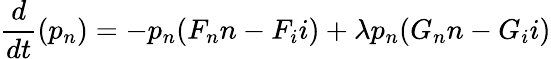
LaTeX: \frac{d}{dt}(p_{n})=-p_{n}(F_{n}n-F_{i}i)+\lambda p_{n}(G_{n}n-G_{i}i)